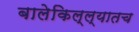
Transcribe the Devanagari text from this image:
बालेकिल्ल्यातच